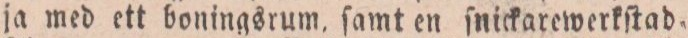
ja med ett boningsrum, ſamt en ſnickarewerkſtad,